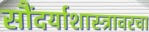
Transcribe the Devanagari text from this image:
सौंदर्याशास्त्रावरचा